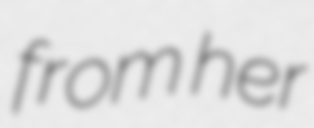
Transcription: from her